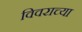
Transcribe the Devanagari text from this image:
विवराच्या